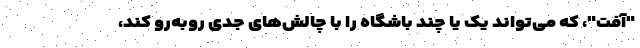
"آفت"، که می‌تواند یک یا چند باشگاه را با چالش‌های جدی روبه‌رو کند،